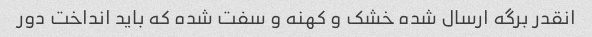
انقدر برگه ارسال شده خشک و کهنه و سفت شده که باید انداخت دور